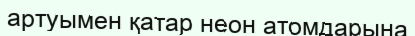
артуымен қатар неон атомдарына